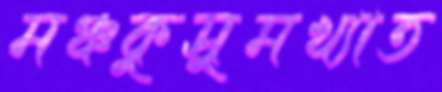
মঞ্চকুসুমখ্যাত